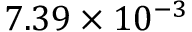
7 . 3 9 \times 1 0 ^ { - 3 }